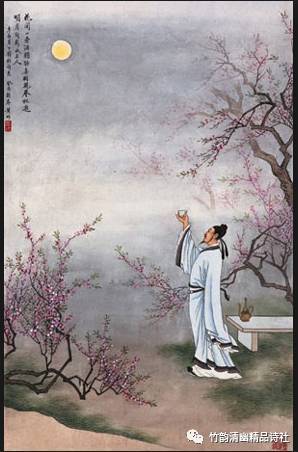
回首昭阳离落日，伤心铜雀迎秋月。